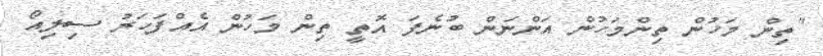
"ތިން މަހުން ތިންމަހުން އަންނަން ބުނެފަ އޮތީ ތިން މަހުން އެއްފަހަރު ސިލިއޯ